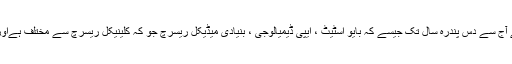
ایسے سبجیکٹس بھی جو پاکستان میں سرے سے موجود ہی نہیں تھے آج سے دس پندرہ سال تک جیسے کہ بایو اسٹیٹ ، ایپی ڈیمیالوجی ، بنیادی میڈیکل ریسرچ جو کہ کلینیکل ریسرچ سے مختلف ہےاور جینیٹکس کی تعلیم جوکہ پاکستان میں بلکل بنیادی سطوحات پر ہے۔